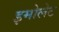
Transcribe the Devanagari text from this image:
इमोलेट